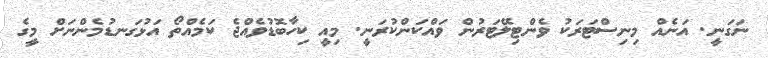
ނަގަނީ. އަނެއް މިނިސްޓަރަކު ވެންޓިލޭޓަރުން ވައްކަންކުރަނީ. މިއީ ކިހާބޮޑުވެއްޖެ ކަމެއްތޯ އަޅުގަނޑުމެންނަށް މީގެ